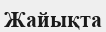
Жайықта